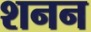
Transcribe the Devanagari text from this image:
शनन